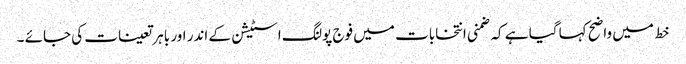
خط میں واضح کہا گیا ہے کہ ضمنی انتخابات میں فوج پولنگ اسٹیشن کے اندر اور باہر تعینات کی جائے ۔